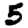
Digit: 5